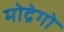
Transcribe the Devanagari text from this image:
मोद्रेगो